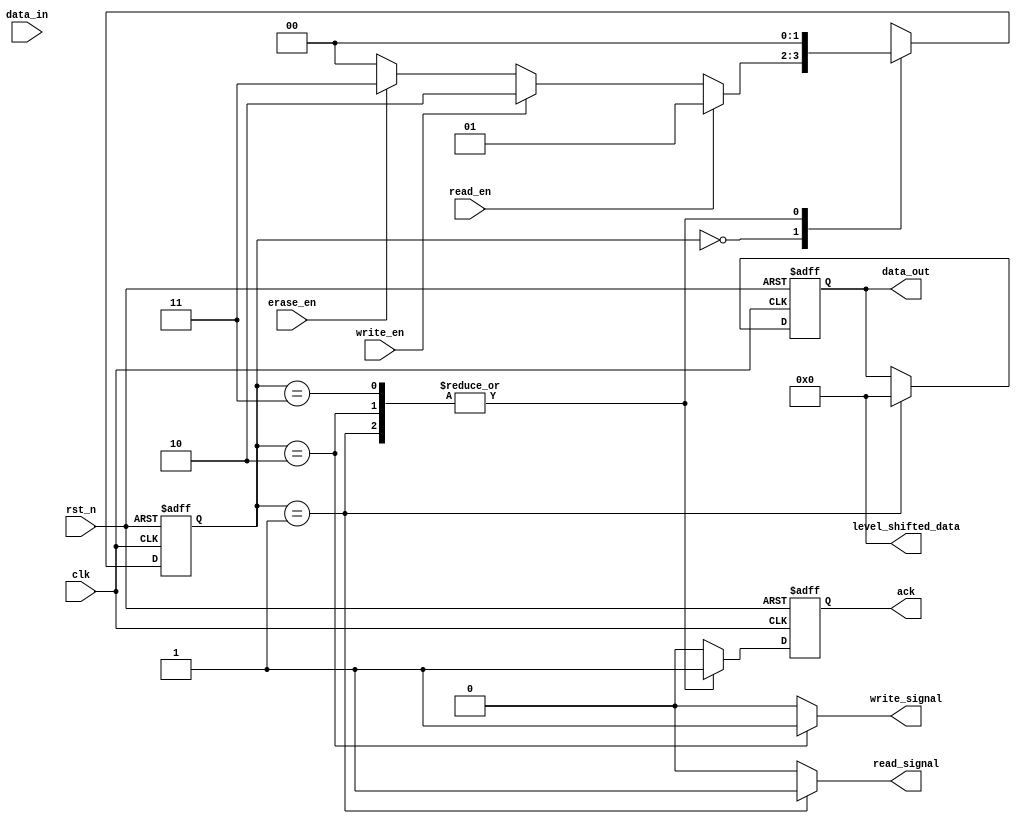
module PCM_IO_Block (
    input wire clk,                 // System clock
    input wire rst_n,               // Active low reset
    input wire [DATA_WIDTH-1:0] data_in, // Data input
    output reg [DATA_WIDTH-1:0] data_out, // Data output
    input wire read_en,             // Read enable
    input wire write_en,            // Write enable
    input wire erase_en,            // Erase enable
    output reg ack,                 // Acknowledge signal
    output wire [DATA_WIDTH-1:0] level_shifted_data, // Level shifted data
    output wire write_signal,        // Write driver signal
    output wire read_signal          // Read amplifier signal
);
    parameter DATA_WIDTH = 8;       // Data bus width
    parameter IDLE = 2'b00,          // State definitions
              READ = 2'b01,
              WRITE = 2'b10,
              ERASE = 2'b11;

    reg [1:0] state, next_state;     // State machine
    reg [DATA_WIDTH-1:0] buffer;     // Buffer for data
    reg [7:0] pulse_width;            // Programmable pulse width
    reg write_enable;                 // Internal write enable

    // State machine for control logic
    always @(posedge clk or negedge rst_n) begin
        if (!rst_n)
            state <= IDLE;
        else
            state <= next_state;
    end

    always @(*) begin
        case (state)
            IDLE: begin
                if (read_en) next_state = READ;
                else if (write_en) next_state = WRITE;
                else if (erase_en) next_state = ERASE;
                else next_state = IDLE;
            end
            READ: next_state = IDLE; // Transition back to IDLE after read
            WRITE: next_state = IDLE; // Transition back to IDLE after write
            ERASE: next_state = IDLE; // Transition back to IDLE after erase
            default: next_state = IDLE;
        endcase
    end

    // Data input/output buffers
    always @(posedge clk or negedge rst_n) begin
        if (!rst_n) begin
            data_out <= 0;
            ack <= 0;
            buffer <= 0;
        end else begin
            case (state)
                READ: begin
                    data_out <= level_shifted_data; // Output read data
                    ack <= 1; // Acknowledge read operation
                end
                WRITE: begin
                    buffer <= data_in; // Store data in buffer
                    ack <= 1; // Acknowledge write operation
                end
                ERASE: begin
                    buffer <= 0; // Clear buffer for erase
                    ack <= 1; // Acknowledge erase operation
                end
                default: begin
                    ack <= 0; // No acknowledgment
                end
            endcase
        end
    end

    // Voltage level shifter (simplified)
    assign level_shifted_data = {DATA_WIDTH{1'b0}}; // Placeholder for actual level shifting logic

    // Write driver circuit (simplified)
    assign write_signal = (state == WRITE) ? 1'b1 : 1'b0; // Active during write state

    // Read amplifier (simplified)
    assign read_signal = (state == READ) ? 1'b1 : 1'b0; // Active during read state

endmodule